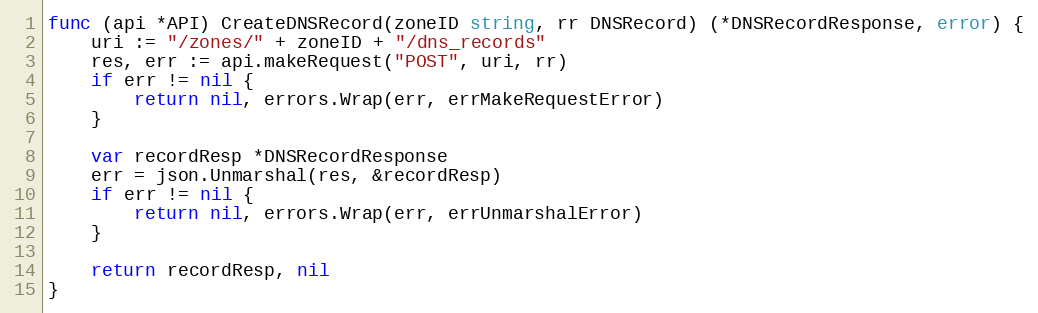
Language: Go
func (api *API) CreateDNSRecord(zoneID string, rr DNSRecord) (*DNSRecordResponse, error) {
	uri := "/zones/" + zoneID + "/dns_records"
	res, err := api.makeRequest("POST", uri, rr)
	if err != nil {
		return nil, errors.Wrap(err, errMakeRequestError)
	}

	var recordResp *DNSRecordResponse
	err = json.Unmarshal(res, &recordResp)
	if err != nil {
		return nil, errors.Wrap(err, errUnmarshalError)
	}

	return recordResp, nil
}